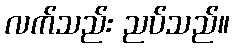
လက်သည်း ညပ်သည်။